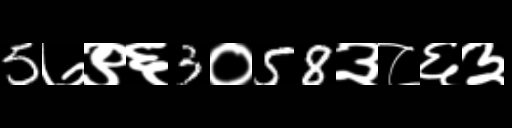
Text: 5७९६3०58३८६३